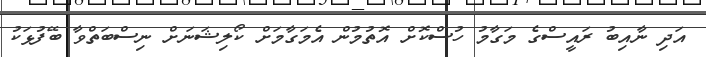
އަދި ނާއިބު ރައީސްގެ މަގާމު ހުސްކޮށް އޮތުމުން އެމަގާމަށް ކޯލިޝަނަށް ނިސްބަތްވާ ބޭފުޅަކު